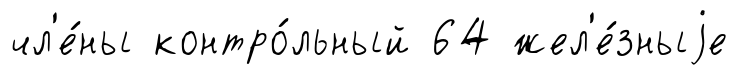
чл'е́ны контро́льный 64 жел'е́зныjе